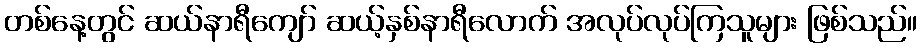
တစ်နေ့တွင် ဆယ်နာရီကျော် ဆယ့်နှစ်နာရီလောက် အလုပ်လုပ်ကြသူများ ဖြစ်သည်။